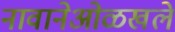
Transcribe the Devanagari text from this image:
नावानेओळखले